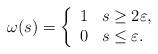
LaTeX: \begin{align*}\omega(s)=\left\{ \begin{array}{ll} 1 & s\geq 2\varepsilon, \\ 0 & s\leq \varepsilon. \end{array}\right.\end{align*}